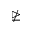
\ntrianglerighteq